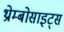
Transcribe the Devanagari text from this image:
थ्रोम्बोसाइट्स